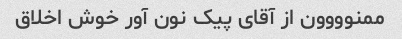
ممنوووون از آقای پیک نون آور خوش اخلاق